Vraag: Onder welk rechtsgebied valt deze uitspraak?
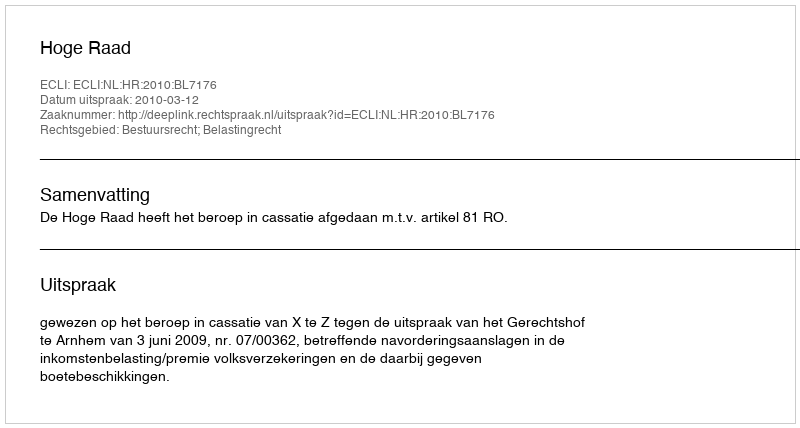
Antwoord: Bestuursrecht; Belastingrecht